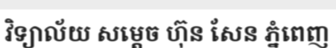
វិទ្យាល័យ សម្តេច ហ៊ុន សែន ភ្នំពេញ